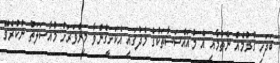
ބަދަހި ގުޅުމެއް ނެތުމާއި އެ މުއައްސަސާތަކުގެ މެދުގައި އެކަށީގެންވާ މިންވަރަށް މުއާސަލަތު ނުކުރެވޭ